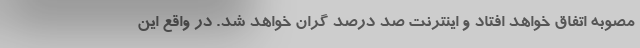
مصوبه اتفاق خواهد افتاد و اینترنت صد درصد گران خواهد شد. در واقع این